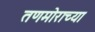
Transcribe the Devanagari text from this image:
तणमोराच्या